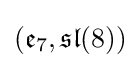
({\mathfrak {e}}_{7},{\mathfrak {sl}}(8))